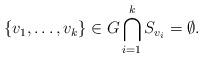
LaTeX: \begin{align*}\{v_1,\ldots , v_k\}\in G\bigcap\limits_{i=1}^k S_{v_i}= \emptyset.\end{align*}